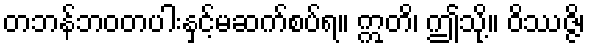
တဘန်ဘဝတပါးနှင့်မဆက်စပ်ရ။ ဣတိ၊ ဤသို့။ ဝိဿဇ္ဇိ၊